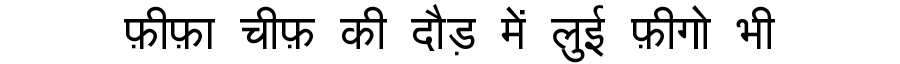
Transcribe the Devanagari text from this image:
फ़ीफ़ा चीफ़ की दौड़ में लुई फ़ीगो भी